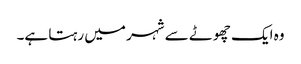
وہ ایک چھوٹے سے شہر میں رہتا ہے۔